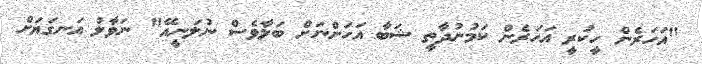
"އަހަރެން ހީކުރީ އަހަރެން ކަމުނުދާތީ ޝަބާ އަހަންނަށް ބަލާވެސް ނުލަނީއޭ" ނަވާލު އަނގަޔަށް